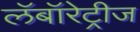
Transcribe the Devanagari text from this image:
लॅबॉरेट्रीज